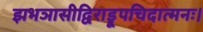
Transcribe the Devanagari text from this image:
झभञासीद्विराड्रूपचिदात्मनः।